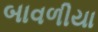
બાવળીયા